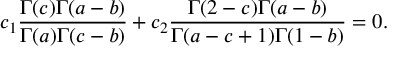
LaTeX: c _ { 1 } \frac { \Gamma ( c ) \Gamma ( a - b ) } { \Gamma ( a ) \Gamma ( c - b ) } + c _ { 2 } \frac { \Gamma ( 2 - c ) \Gamma ( a - b ) } { \Gamma ( a - c + 1 ) \Gamma ( 1 - b ) } = 0 .